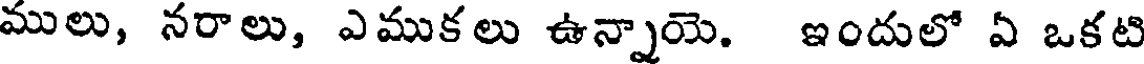
ములు, నరాలు, ఎముకలు ఉన్నాయె. ఇందులో ఏ ఒకటి